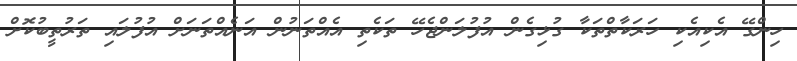
ހިންގޭ އެކިއެކި ހަރަކާތްތަކާ ގުޅިގެން އުފުލަންޖެހޭ ތަކެތި އެއްތަނުން އަނެއްތަނަށް އުފުލައި ތަރުތީބުކޮށް